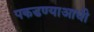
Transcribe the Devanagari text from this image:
पकडण्याआधी